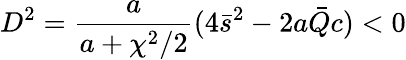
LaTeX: D^{2}=\frac{a}{a+\chi^{2}/2}(4\bar{s}^{2}-2a\bar{Q}c)<0